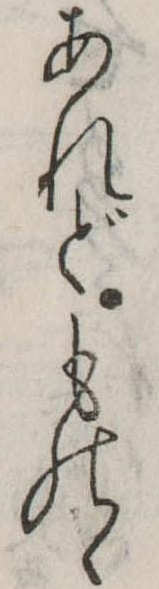
あれどものゝ